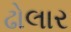
ઢોલાર